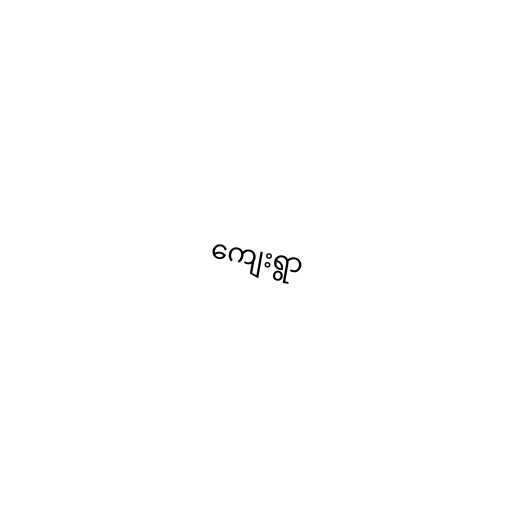
ကျေးရွာ